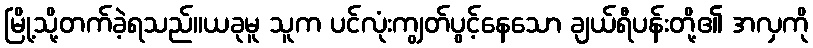
မြို့သို့တက်ခဲ့ရသည်။ယခုမူ သူက ပင်လုံးကျွတ်ပွင့်နေသော ချယ်ရီပန်းတို့၏ အလှကို